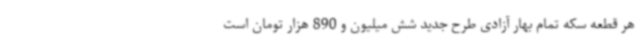
هر قطعه سکه تمام بهار آزادی طرح جدید شش میلیون و 890 هزار تومان است